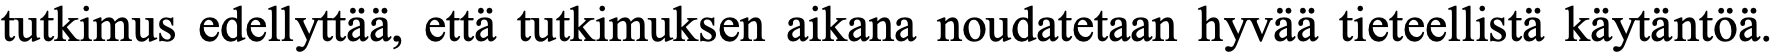
tutkimus edellyttää, että tutkimuksen aikana noudatetaan hyvää tieteellistä käytäntöä.